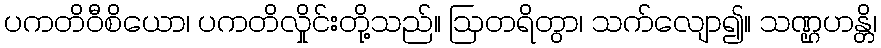
ပကတိဝီစိယော၊ ပကတိလှိုင်းတို့သည်။ ဩတရိတွာ၊ သက်လျော၍။ သဏ္ဌဟန္တိ၊